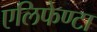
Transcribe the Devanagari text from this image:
एलिफेण्टा